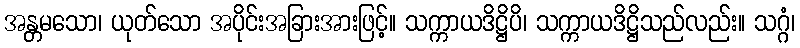
အန္တမသော၊ ယုတ်သော အပိုင်းအခြားအားဖြင့်။ သက္ကာယဒိဋ္ဌိပိ၊ သက္ကာယဒိဋ္ဌိသည်လည်း။ သဂ္ဂံ၊